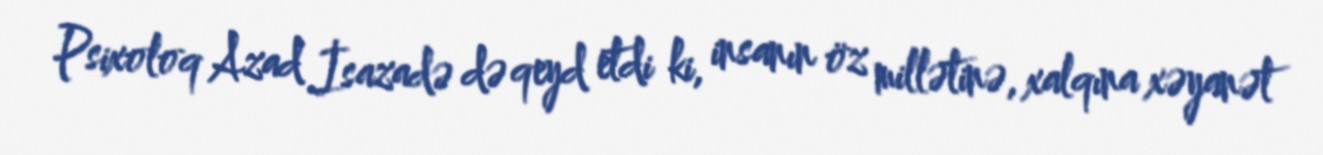
Psixoloq Azad İsazadə də qeyd etdi ki, insanın öz millətinə, xalqına xəyanət